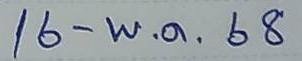
16 - พ.ค. 68